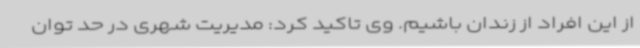
از این افراد از زندان باشیم. وی تاکید کرد: مدیریت شهری در حد توان